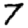
Digit: 7